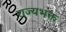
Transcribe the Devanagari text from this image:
राज्यभक्त